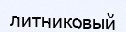
литниковый